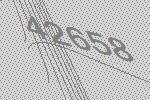
42658